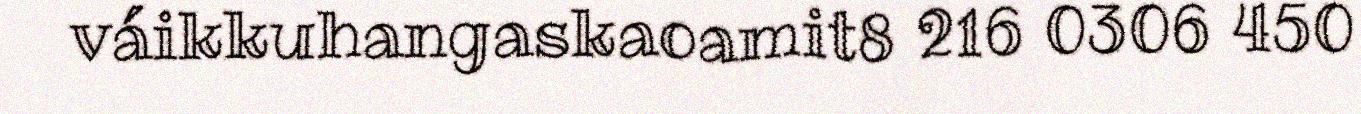
váikkuhangaskaoamit8 216 0306 450